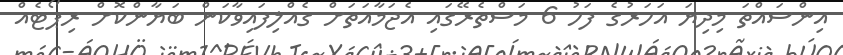
އިންސައްތަ މިދިޔަ އަހަރުގެ ފަހު 6 މަސްތެރޭގައި އެޖަމާއަތަށް ގެއްލިފައިވާކަން ބަޔާންކޮށް ރިޕޯޓެއް